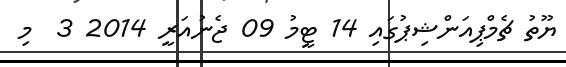
ޔޫތު ޗެމްޕިއަންޝިޕުގައި 14 ޓީމު 09 ޖެނުއަރީ 2014 3  މި